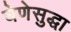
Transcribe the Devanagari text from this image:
घेणेसुद्धा